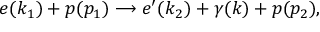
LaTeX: e ( k _ { 1 } ) + p ( p _ { 1 } ) \longrightarrow e ^ { \prime } ( k _ { 2 } ) + \gamma ( k ) + p ( p _ { 2 } ) ,